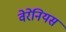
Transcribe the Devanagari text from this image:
वेरेनियस